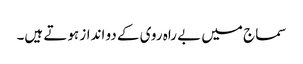
سماج میں بے راہ روی کے دو انداز ہوتے ہیں۔